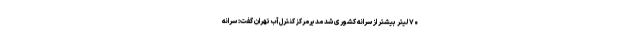
۷۰ لیتر بیشتر از سرانه کشوری شد مدیرمرکز کنترل آب تهران گفت: سرانه